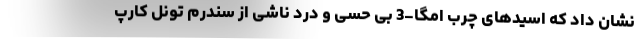
نشان داد که اسیدهای چرب امگا-3 بی حسی و درد ناشی از سندرم تونل کارپ